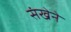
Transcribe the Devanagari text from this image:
संखेने